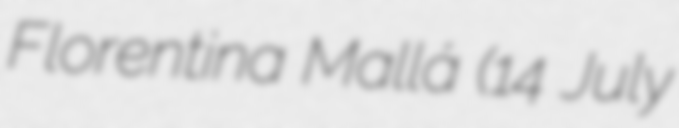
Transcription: Florentina Mallá (14 July